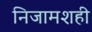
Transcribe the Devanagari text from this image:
निजामशही